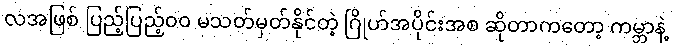
လအဖြစ် ပြည့်ပြည့်၀၀ မသတ်မှတ်နိုင်တဲ့ ဂြိုဟ်အပိုင်းအစ ဆိုတာကတော့ ကမ္ဘာနဲ့